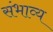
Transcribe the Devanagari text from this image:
संभाव्‍य